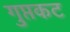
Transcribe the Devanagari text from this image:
गुप्तकट